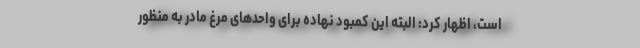
است، اظهار کرد: البته این کمبود نهاده برای واحدهای مرغ مادر به منظور